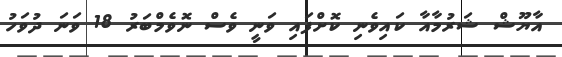
އާޔޫޝް ޝަރުމާއާ ކައިވެނި ކޮށްފައި ވަނީ ވެސް ނޮވެމްބަރު 18 ވަނަ ދުވަހު